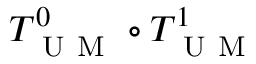
T _ { \mathrm { ~ U ~ M ~ } } ^ { 0 } \circ T _ { \mathrm { ~ U ~ M ~ } } ^ { 1 }